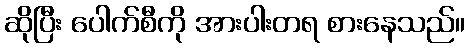
ဆိုပြီး ပေါက်စီကို အားပါးတရ စားနေသည်။